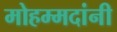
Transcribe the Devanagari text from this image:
मोहम्मदांनी